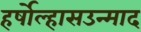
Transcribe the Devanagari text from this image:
हर्षोल्हासउन्माद